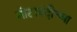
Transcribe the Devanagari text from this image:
नोटाबंदीच्या